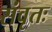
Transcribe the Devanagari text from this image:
संवृतः